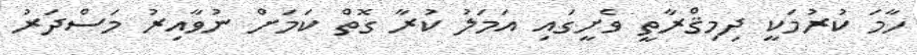
ހާމަ ކުރުމަކީ ދިމިޤްރާތީ ވެށީގައި އަމަލު ކުރާ ގޮތް ކަމަށް ނުވާއިރު މަސްދަރު